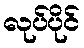
လုပ်ပိုင်